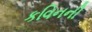
કવિનની